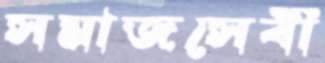
সমাজসেবী